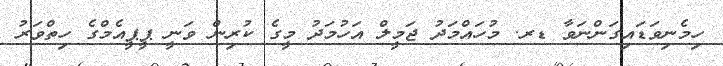
ހިމެނިވަޑައިގަންނަވާ ޑރ. މުހައްމަަދު ޖަމީލް އަހުމަދު މީގެ ކުރިން ވަނީ ޕީޕީއެމްގެ ހިތްވަރު